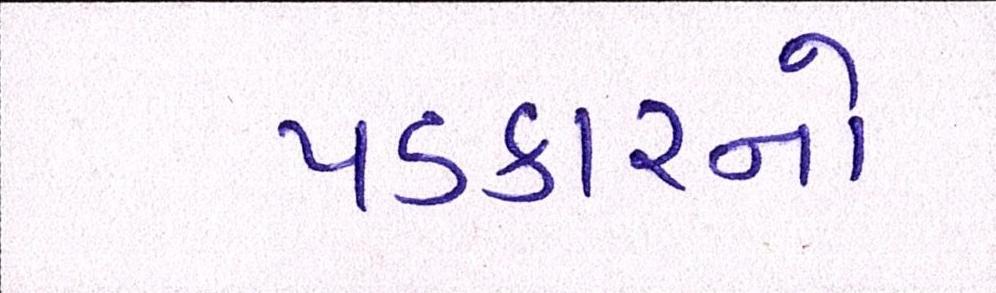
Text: પડકારનો